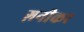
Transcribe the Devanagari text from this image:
ग़नीकर